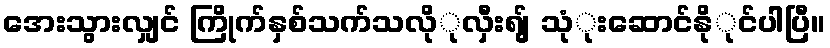
အေးသွားလျှင် ကြိုက်နှစ်သက်သလိုုလှီးရျ် သုုံးဆောင်နိုုင်ပါပြီ။